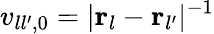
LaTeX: v_{ll^{\prime},0}=|{\mathbf r}_{l}-{\mathbf r}_{l^{\prime}}|^{-1}